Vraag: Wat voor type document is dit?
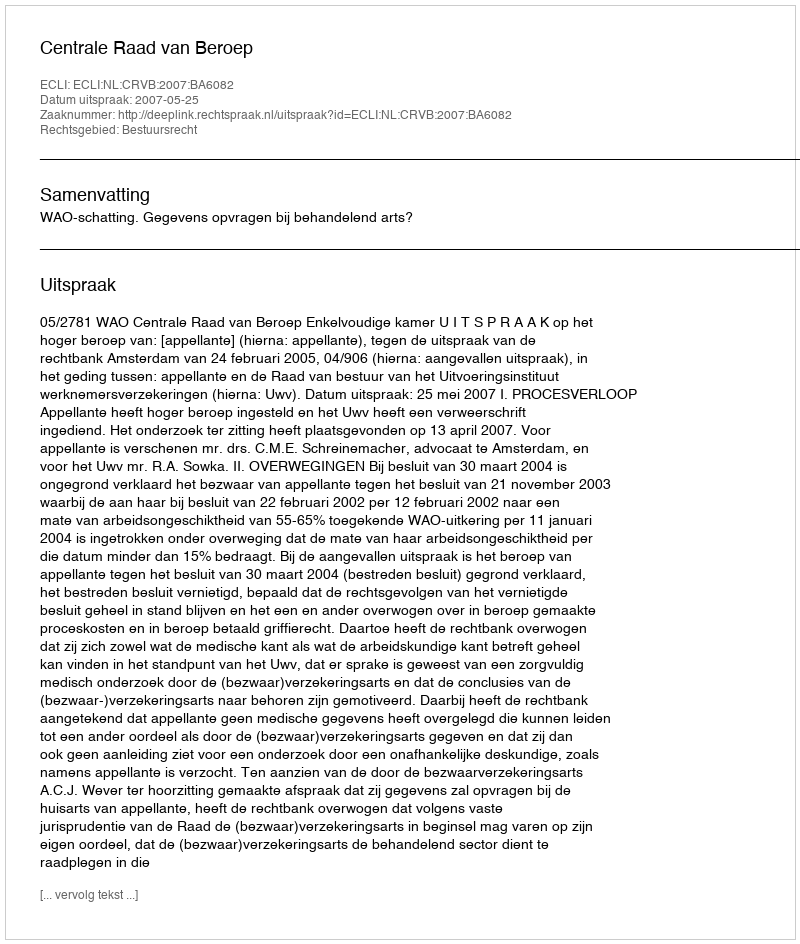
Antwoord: Uitspraak